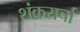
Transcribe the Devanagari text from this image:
शंकरार्चा